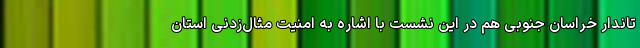
تاندار خراسان جنوبی هم در این نشست با اشاره به امنیت مثال‌زدنی استان